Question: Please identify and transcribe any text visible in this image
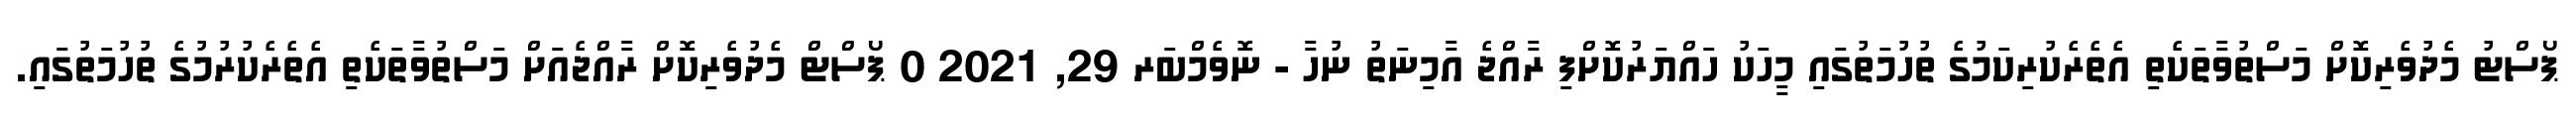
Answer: ޕޯސްޓު މެދުވެރިކޮށް މަސްތުވާތަކެތި އެތެރެކުރިކަމުގެ ތުހުމަތުގައި މީހަކު ހައްޔަރުކޮށްފި ރާއްޖެ އާމިނަތު ނުހާ - ނޮވެމްބަރ 29, 2021 0 ޕޯސްޓް މެދުވެރިކޮށް ރާއްޖެއަށް މަސްތުވާތަކެތި އެތެރެކުރުމުގެ ތުހުމަތުގައި.